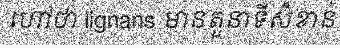
ហៅថា lignans មានតួនាទីសំខាន់